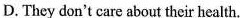
D. They don't care about their health.